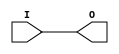
module BUFCF (O, I);

    output O;

    input  I;

	buf B1 (O, I);


endmodule